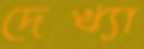
দেখ্যা